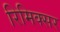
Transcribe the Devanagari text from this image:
रिमिक्सर